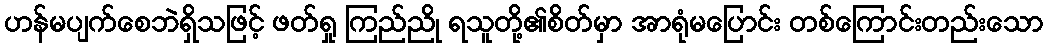
ဟန်မပျက်စေဘဲရှိသဖြင့် ဖတ်ရှု ကြည်ညို ရသူတို့၏စိတ်မှာ အာရုံမပြောင်း တစ်ကြောင်းတည်းသော